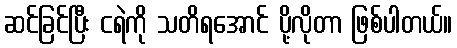
ဆင်ခြင်ပြီး ငရဲကို သတိရအောင် ပို့လိုတာ ဖြစ်ပါတယ်။